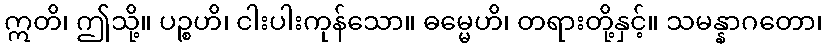
ဣတိ၊ ဤသို့။ ပဉ္စဟိ၊ ငါးပါးကုန်သော။ ဓမ္မေဟိ၊ တရားတို့နှင့်။ သမန္နာဂတော၊